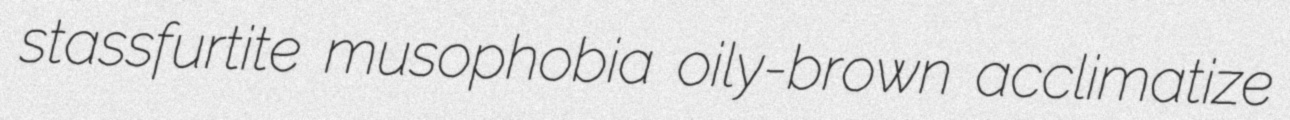
stassfurtite musophobia oily-brown acclimatize